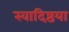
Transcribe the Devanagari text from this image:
स्वादिष्ठया